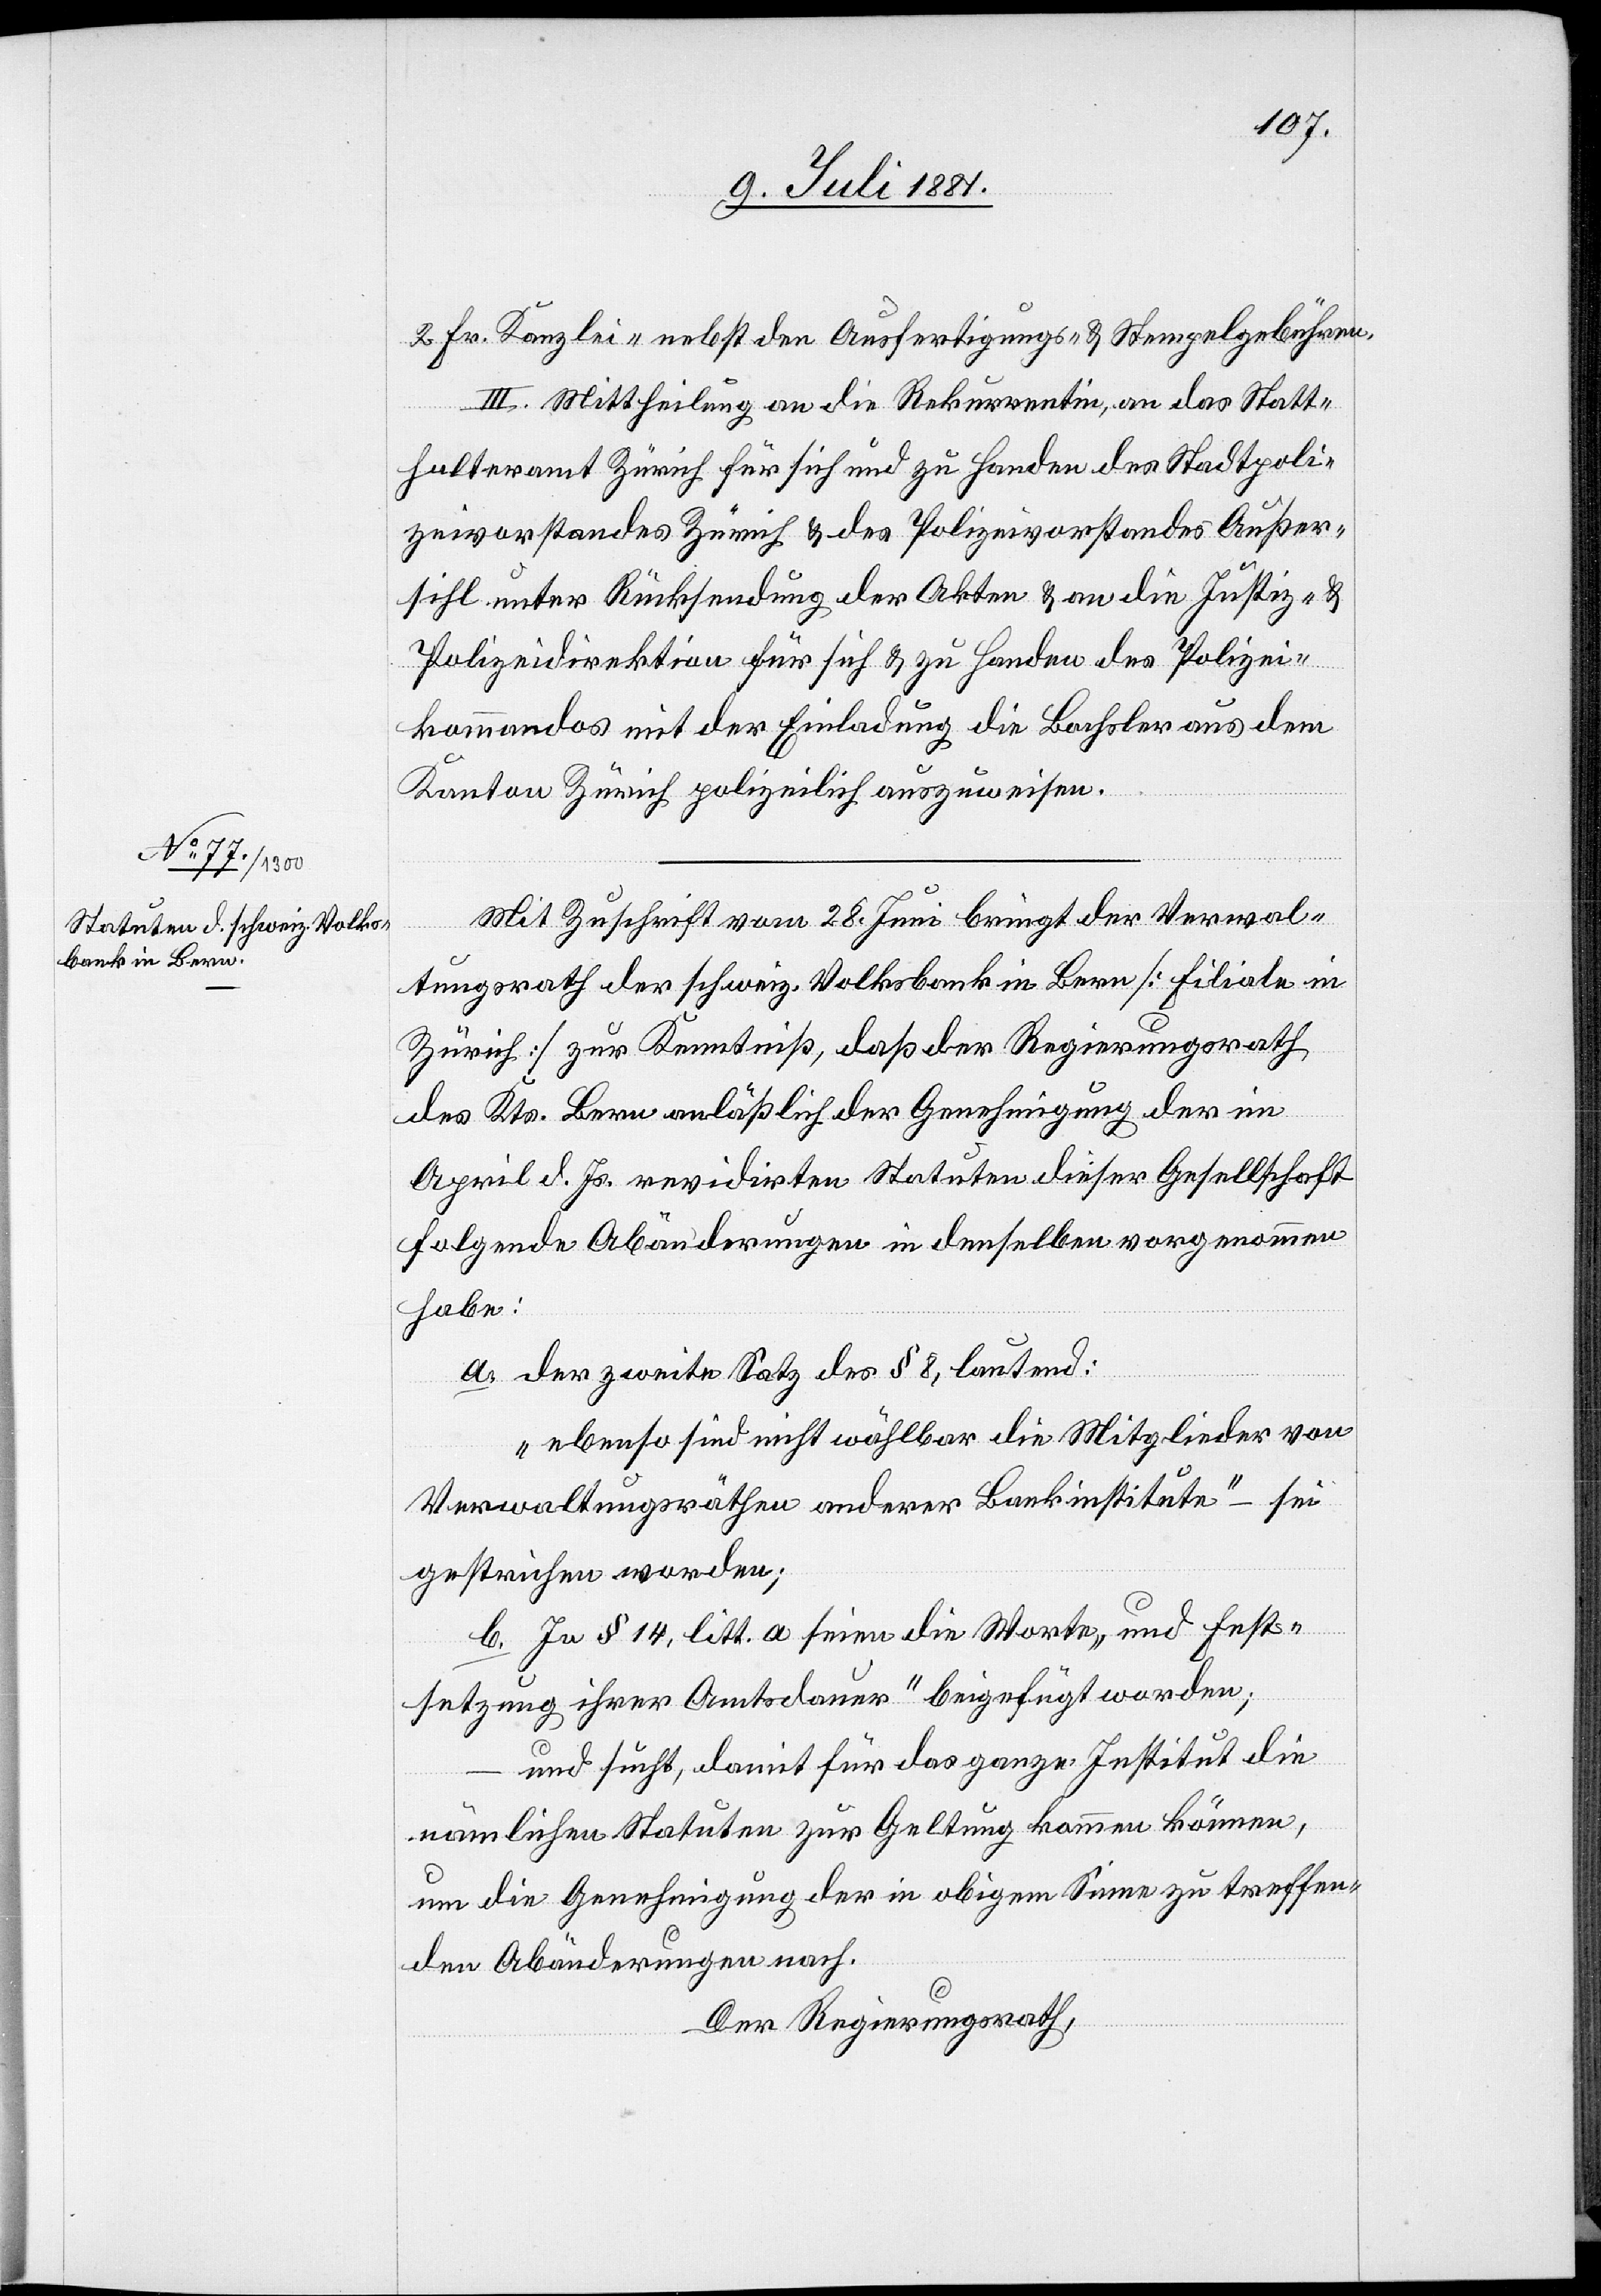
2 Fr. Kanzlei- nebst den Ausfertigungs- & Stempelgebühren.
III. Mittheilung an die Rekurrentin, an das Statt¬
halteramt Zürich für sich und zu Handen des Stadtpoli¬
zeivorstandes Zürich & des Polizeivorstandes Außer¬
sihl unter Rücksendung der Akten & an die Justiz- &
Polizeidirektion für sich & zu Handen des Polizei¬
kommandos mit der Einladung die Bachsler aus dem
Kanton Zürich polizeilich auszuweisen.
Mit Zuschrift vom 28. Juni bringt der Verwal¬
tungsrath der schweiz. Volksbank in Bern [Filiale in
Zürich] zur Kenntniß, daß der Regierungsrath
des Kts. Bern anläßlich der Genehmigung der im
April d. Js. revidirten Statuten dieser Gesellschaft
folgende Abänderungen in denselben vorgenommen
habe:
a. der zweite Satz des § 8, lautend:
„ebenso sind nicht wählbar die Mitglieder von
Verwaltungsräthen anderer Bankinstitute“ – sei
gestrichen worden;
b. In § 14, litt. a seien die Worte „und Fest¬
setzung ihrer Amtsdauer“ beigefügt worden;
und sucht, damit für das ganze Institut die
nämlichen Statuten zur Geltung kommen können,
um die Genehmigung der in obigem Sinne zu treffen¬
den Abänderungen nach.
Der Regierungsrath,